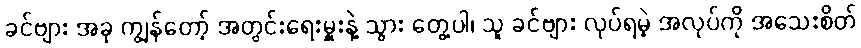
ခင်ဗျား အခု ကျွန်တော့် အတွင်းရေးမှူးနဲ့ သွား တွေ့ပါ၊ သူ ခင်ဗျား လုပ်ရမဲ့ အလုပ်ကို အသေးစိတ်